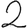
Digit: 2